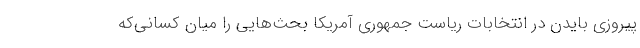
پیروزی بایدن در انتخابات ریاست جمهوری آمریکا بحث‌هایی را میان کسانی‌که